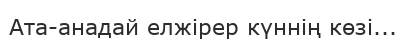
Ата-анадай елжірер күннің көзі...